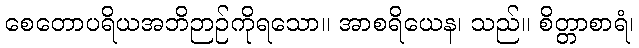
စေတောပရိယအဘိဉာဉ်ကိုရသော။ အာစရိယေန၊ သည်။ စိတ္တာစာရံ၊